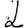
Digit: 2